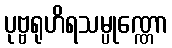
ပုဗ္ဗရုဟိရသမ္ပုဏ္ဏော